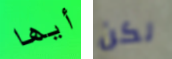
أيها لكن